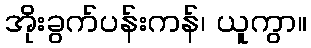
အိုးခွက်ပန်းကန်၊ ယူကွာ။